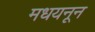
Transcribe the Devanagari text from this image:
मधयनून